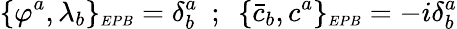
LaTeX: \{ \varphi^{a},\lambda_{b}\} _{\scriptscriptstyle EPB}=\delta_{b}^{a}~~;~~\{ {\bar{c}}_{b},c^{a}\} _{\scriptscriptstyle EPB}=-i\delta_{b}^{a}